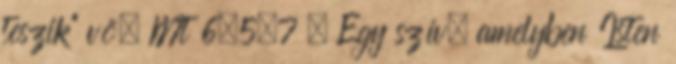
teszik” vö. Mt 6,5.7 . Egy szív, amelyben Isten